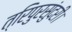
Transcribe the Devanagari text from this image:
त्रिपुरसुंदरी।